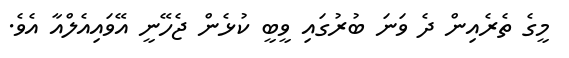
މީގެ ތެރެއިން ދެ ވަނަ ބުރުގައި ވީބީ ކުޅެން ޖެހޭނީ އޭވައިއެލްއާ އެވެ.